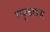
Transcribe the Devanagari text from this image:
म्युकाइड